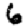
Digit: 6